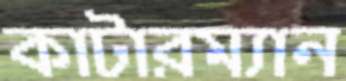
কাটারম্যান